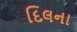
દિલના